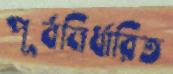
পূর্বনির্ধারিত